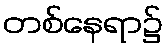
တစ်နေရာ၌